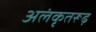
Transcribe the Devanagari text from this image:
अलंकृतरूढ़